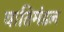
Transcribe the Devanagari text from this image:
वातिमंडल